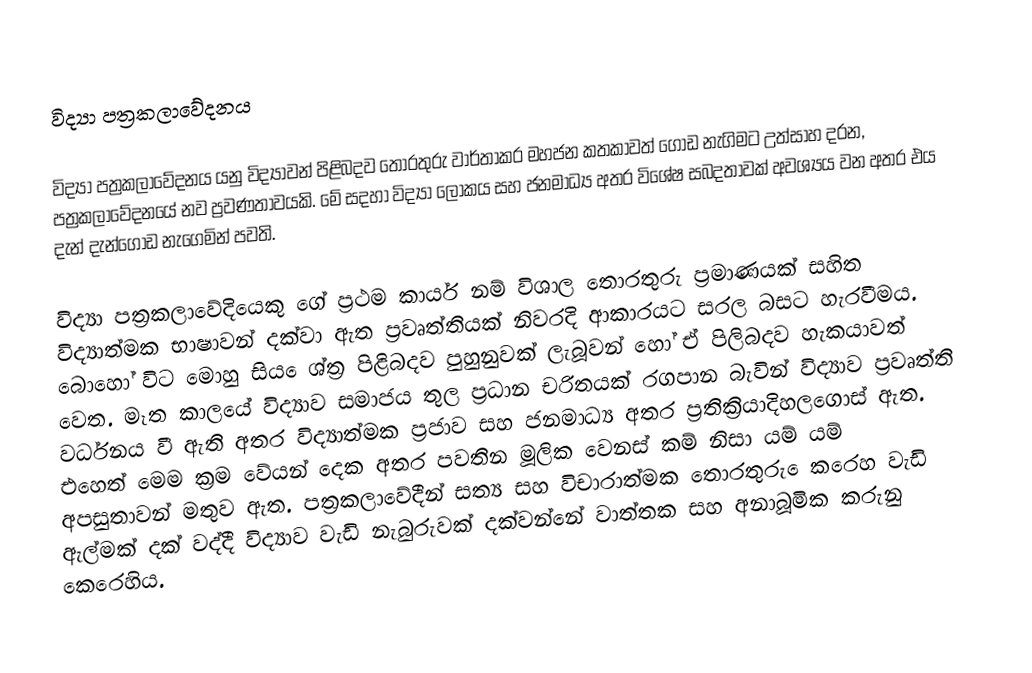
විද්‍යා පත්‍රකලාවේදනය

විද්‍යා පත්‍රකලාවේදනය යනු විද්‍යාවන් පිළිබදව  තොරතුරු වාර්තාකර මහජන කතකාවත්  ගොඩ නැගිමට උත්සාහ දරන, පත්‍රකලාවේදනයේ නව ප්‍රවණතාවයකි.  මේ සදහා විද්‍යා ලෝකය සහ ජනමාධ්‍ය අතර විශේෂ සබදතාවක් අවශ්‍යය වන අතර එය දැන් දැන්ගොඩ නැගෙමින් පවති.

විද්‍යා පත්‍රකලාවේදියෙකු ගේ ප්‍රථම කාර්ය නම් විශාල තොරතුරු ප්‍රමාණයක් සහිත විද්‍යාත්මක භාෂාවන් දක්වා ඇත ප්‍රවෘත්තියක් නිවරදි ආකාරයට සරල බසට හැරවීමය. බොහෝ විට මොහු සිය ෙශ්ත්‍ර පිළිබදව පුහුනුවක් ලැබූවන් හෝ ඒ පිලිබදව හැකයාවත් වෙත. මෑත කාලයේ විද්‍යාව සමාජය තුල ප්‍රධාන චරිතයක් රගපාන බැවින් විද්‍යාව ප්‍රවෘත්ති වර්ධනය වී ඇති අතර විද්‍යාත්මක ප්‍රජාව සහ ජනමාධ්‍ය අතර ප්‍රතික්‍රියාදිහලගොස් ඇත. එහෙත් මෙම ක්‍රම වේයන් දෙක අතර පවතින මූලික වෙනස් කම් නිසා යම් යම් අපසුතාවන් මතුව ඇත. පත්‍රකලාවේදීන් සත්‍ය සහ විචාරාත්මක තොරතුරු ෙකරෙහ වැඩි ඇල්මක් දක් වද්දී විද්‍යාව වැඩි නැබුරුවක් දක්වන්නේ වාත්තක සහ අනාබූමික කරුනු කෙරෙහිය.